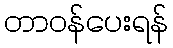
တာဝန်ပေးရန်